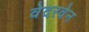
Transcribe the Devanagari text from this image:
वेदरवेन